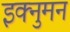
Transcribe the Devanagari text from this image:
इक्नुमन